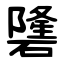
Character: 䃧